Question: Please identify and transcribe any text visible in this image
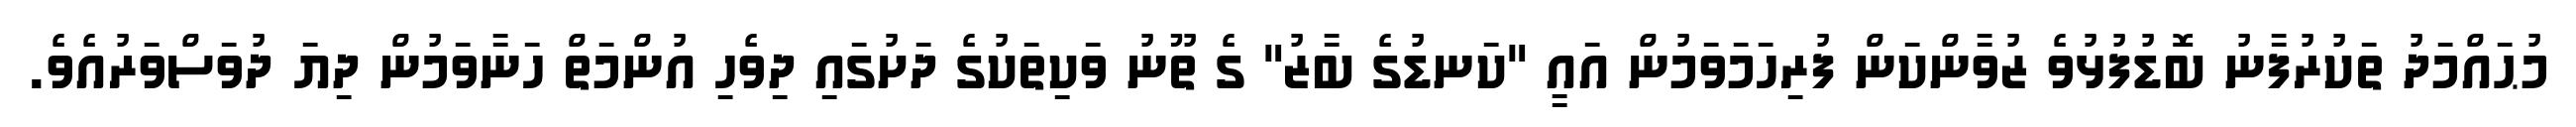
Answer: މުޙައްމަދު ތަކުރުފާނު ބޮޑުފުޅުވެ ޒުވާންކަން ފުރިހަމަވަމުން އައީ "ކަނޑުގެ ބާޒު" ގެ ތޫނު ވަކިތަކުގެ ދަށުގައި ދިވެހި އުންމަތް ހަނާވަމުން ދިޔަ ދުވަސްވަރުއެވެ.